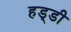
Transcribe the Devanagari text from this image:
हड्‍डी